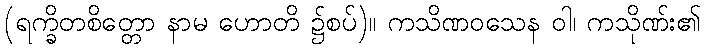
(ရက္ခိတစိတ္တော နာမ ဟောတိ ၌စပ်)။ ကသိဏဝသေန ဝါ၊ ကသိုဏ်း၏